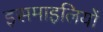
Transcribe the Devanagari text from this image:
इसमाइलियों